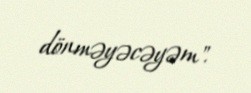
dönməyəcəyəm".